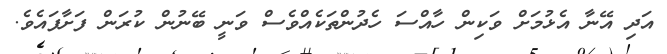
އަދި އޭނާ އެޅުމަށް ވަކިން ހާއްސަ ހެދުންތަކެއްވެސް ވަނީ ބޭނުން ކުރަން ފަށާފައެވެ.